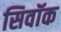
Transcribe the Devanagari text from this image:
सिवॉक